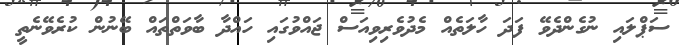
ސަޕްލައި ނުގެންދެވޭ ފަދަ ހާލަތެއް މެދުވެރިވިއަސް ޖައްވުގައި ހައްދާ ބާވަތްތައް ބޭނުން ކުރެވޭނެތީ